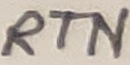
Text: RTN